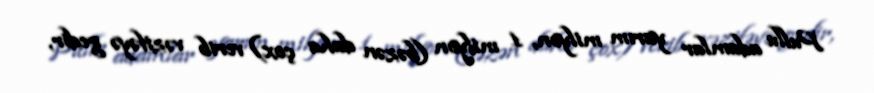
Pullu adamlar yarım milyon, 1 milyon (bəzən daha çox) verib vəzifəyə gedir,